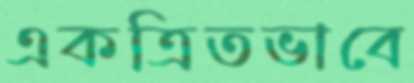
একত্রিতভাবে